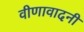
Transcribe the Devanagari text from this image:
वीणावादनी